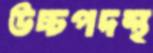
উচ্চপদস্থ